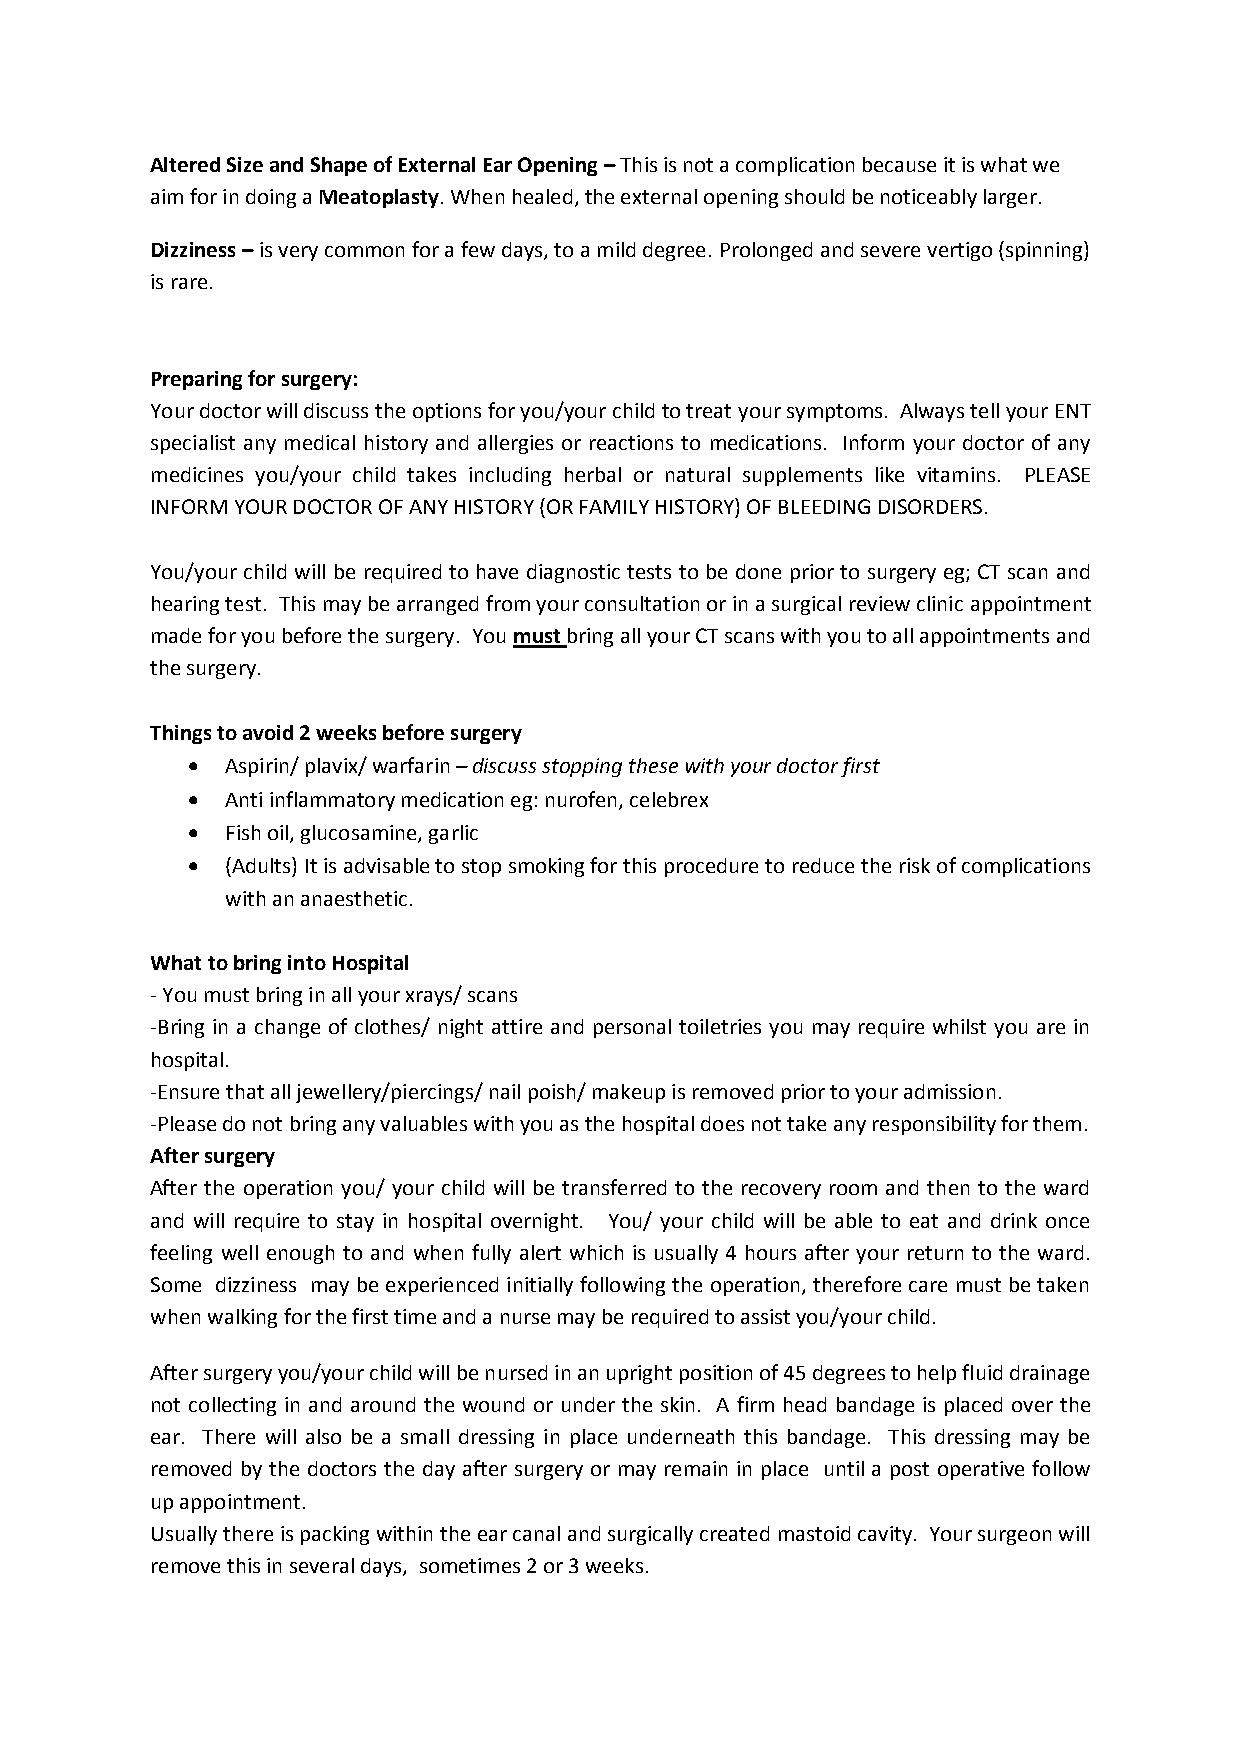
Altered Size and Shape of External Ear Opening – This is not a complication because it is what we
 aim for in doing a Meatoplasty. When healed, the external opening should be noticeably larger.
 Dizziness – is very common for a few days, to a mild degree. Prolonged and severe vertigo (spinning)
 is rare.
 Preparing for surgery:
 Your doctor will discuss the options for you/your child to treat your symptoms. Always tell your ENT
 specialist any medical history and allergies or reactions to medications. Inform your doctor of any
 medicines you/your child takes including herbal or natural supplements like vitamins. PLEASE
 INFORM YOUR DOCTOR OF ANY HISTORY (OR FAMILY HISTORY) OF BLEEDING DISORDERS.
 You/your child will be required to have diagnostic tests to be done prior to surgery eg; CT scan and
 hearing test. This may be arranged from your consultation or in a surgical review clinic appointment
 made for you before the surgery. You must bring all your CT scans with you to all appointments and
 the surgery.
 Things to avoid 2 weeks before surgery
   Aspirin/ plavix/ warfarin – discuss stopping these with your doctor first
   Anti inflammatory medication eg: nurofen, celebrex
   Fish oil, glucosamine, garlic
   (Adults) It is advisable to stop smoking for this procedure to reduce the risk of complications
 with an anaesthetic.
 What to bring into Hospital
 - You must bring in all your xrays/ scans
 -Bring in a change of clothes/ night attire and personal toiletries you may require whilst you are in
 hospital.
 -Ensure that all jewellery/piercings/ nail poish/ makeup is removed prior to your admission.
 -Please do not bring any valuables with you as the hospital does not take any responsibility for them.
 After surgery
 After the operation you/ your child will be transferred to the recovery room and then to the ward
 and will require to stay in hospital overnight. You/ your child will be able to eat and drink once
 feeling well enough to and when fully alert which is usually 4 hours after your return to the ward.
 Some dizziness may be experienced initially following the operation, therefore care must be taken
 when walking for the first time and a nurse may be required to assist you/your child.
 After surgery you/your child will be nursed in an upright position of 45 degrees to help fluid drainage
 not collecting in and around the wound or under the skin. A firm head bandage is placed over the
 ear. There will also be a small dressing in place underneath this bandage. This dressing may be
 removed by the doctors the day after surgery or may remain in place until a post operative follow
 up appointment.
 Usually there is packing within the ear canal and surgically created mastoid cavity. Your surgeon will
 remove this in several days, sometimes 2 or 3 weeks.